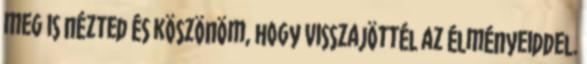
meg is nézted és köszönöm, hogy visszajöttél az élményeiddel.